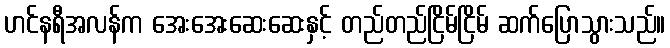
ဟင်နရီအလန်က အေးအေးဆေးဆေးနှင့် တည်တည်ငြိမ်ငြိမ် ဆက်ပြောသွားသည်။